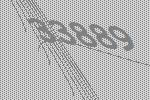
33889